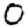
Digit: 0